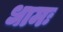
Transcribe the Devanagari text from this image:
धामः